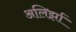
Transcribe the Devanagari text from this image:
अलिर्झा